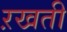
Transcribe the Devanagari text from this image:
ऱखती